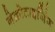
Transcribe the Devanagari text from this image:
नेक्रोटाइजिंग